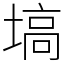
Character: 塙